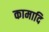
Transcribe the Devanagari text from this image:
कामादि